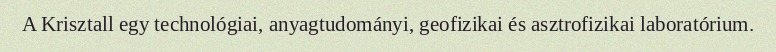
A Krisztall egy technológiai, anyagtudományi, geofizikai és asztrofizikai laboratórium.